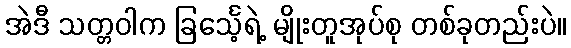
အဲဒီ သတ္တဝါက ခြင်္သေ့ရဲ့ မျိုးတူအုပ်စု တစ်ခုတည်းပဲ။